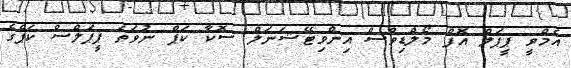
އެމްވީ ޕީޕަލް އޮފް މޯލްޑިވްސް އިންވިޓޭޝަނަލް ސޮކާ ކަޕް ނުވަތަ ޕީޕަލްސް ކަޕްގެ